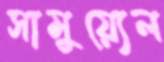
সামুয়্যেল